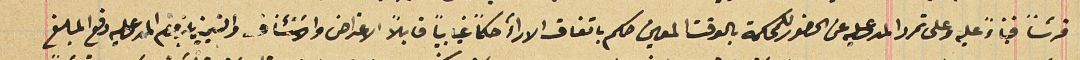
قرشًا فبناءً عليه وعلى تمرد المدعى عليه عن الحضور للمحكمة بالوقت المعين حكم باتفاق الارآء حكماً غيابياً قابلاً الاعتراض والاسَتئناف والتمييز بلزوم المدعى عليه دفع المبلغ